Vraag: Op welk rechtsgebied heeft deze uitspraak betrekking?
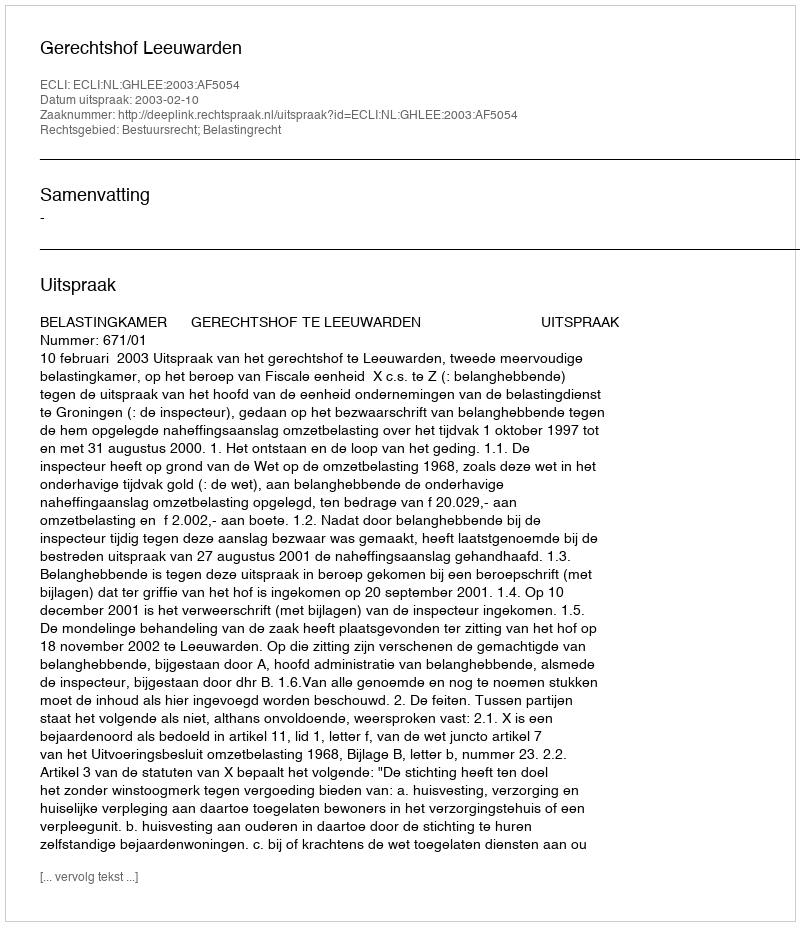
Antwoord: Bestuursrecht; Belastingrecht